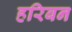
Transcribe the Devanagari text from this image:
हरिबन